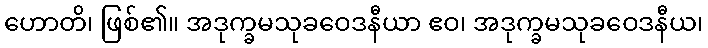
ဟောတိ၊ ဖြစ်၏။ အဒုက္ခမသုခဝေဒနီယာ ဧဝ၊ အဒုက္ခမသုခဝေဒနီယ၊